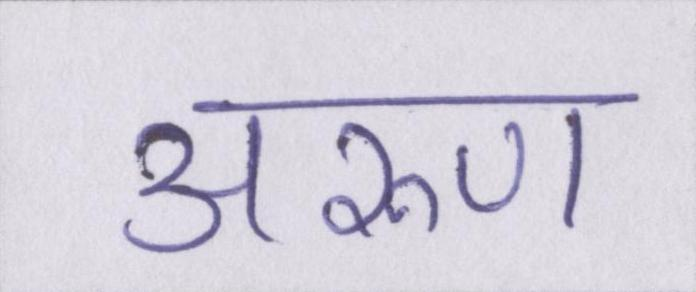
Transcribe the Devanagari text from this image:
अरुण